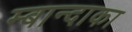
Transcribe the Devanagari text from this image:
म्बान्दाका